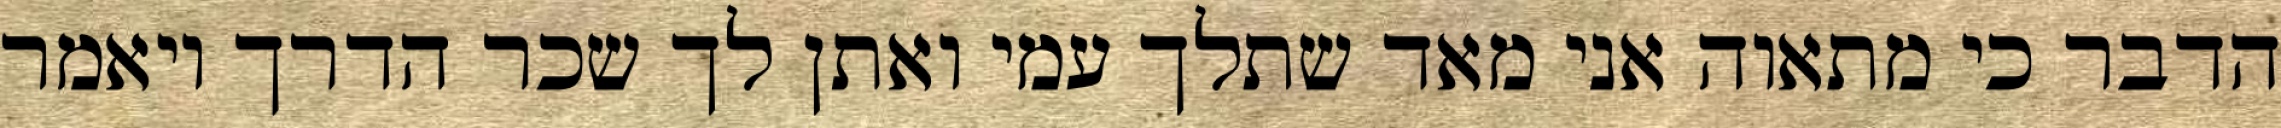
הדבר כי מתאוה אני מאד שתלך עמי ואתן לך שכר הדרך ויאמר